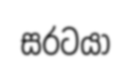
සරටයා